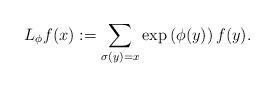
LaTeX: \begin{align*}L_{\phi}f(x):=\sum_{\sigma(y)=x}\exp\left({\phi(y)}\right)f(y).\end{align*}